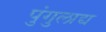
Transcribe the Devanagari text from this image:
पुंगुलाद्य